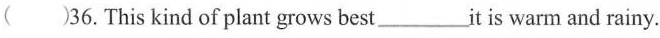
()36.This kind of plant grows best___it is warm and rainy.